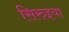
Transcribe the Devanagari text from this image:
सिरुइया